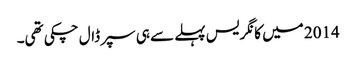
2014 میں کانگریس پہلے سے ہی سپر ڈال چکی تھی۔